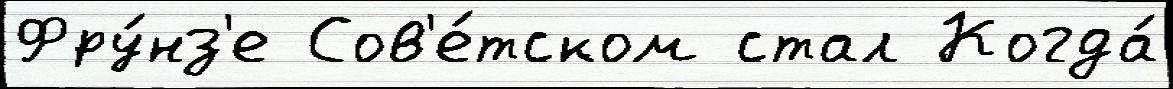
Фру́нз'е Сов'е́тском стал Когда́